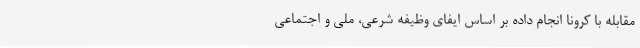
مقابله با کرونا انجام داده بر اساس ایفای وظیفه شرعی، ملی و اجتماعی